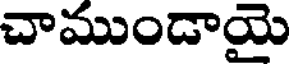
చాముండాయై